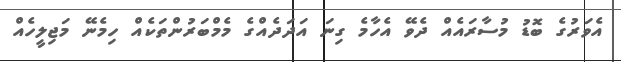
އެވަރުގެ ބޮޑު މުސާރައެއް ދެވޭ އެހާމެ ގިނަ އަދަދެއްގެ މެމްބަރުންތަކެއް ހިމެނޭ މަޖިލީހެއް